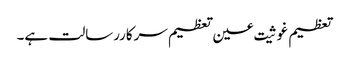
تعظیم غوثیت عین تعظیم سرکاررسالت ہے۔